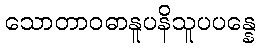
သောတာဝဓာနူပနိသူပပန္နေ